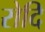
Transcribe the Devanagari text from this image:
रोदि